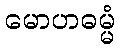
မောဟဓမ္မံ